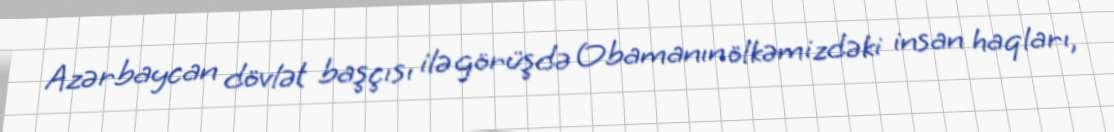
Azərbaycan dövlət başçısı ilə görüşdə Obamanın ölkəmizdəki insan haqları,